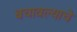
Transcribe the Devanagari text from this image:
बचावल्याचे